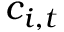
c _ { i , t }